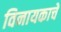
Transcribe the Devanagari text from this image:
विनायकाचे